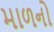
માળનો